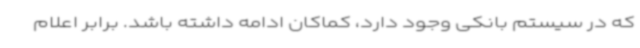
که در سیستم بانکی وجود دارد، کماکان ادامه داشته باشد. برابر اعلام